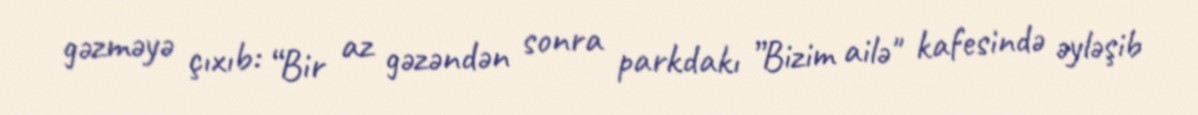
gəzməyə çıxıb: “Bir az gəzəndən sonra parkdakı ”Bizim ailə" kafesində əyləşib